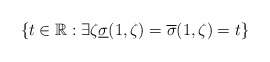
\begin{align*} \left\{ t\in{\mathbb{R}}: \exists \zeta \underline{\sigma}(1,\zeta)= \overline{\sigma}(1,\zeta)=t\right\}\end{align*}